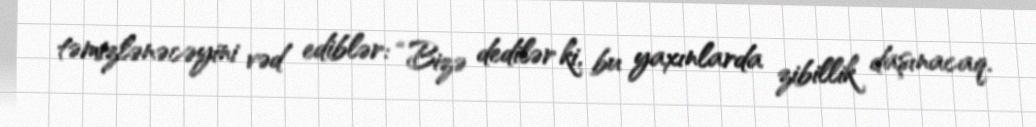
təmizlənəcəyini vəd ediblər: “Bizə dedilər ki, bu yaxınlarda zibillik daşınacaq.